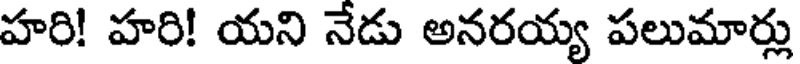
హరి! హరి! యని నేడు అనరయ్య పలుమార్లు